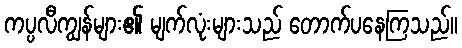
ကပ္ပလီကျွန်များ၏ မျက်လုံးများသည် တောက်ပနေကြသည်။